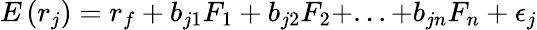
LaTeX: E\left(r_{j}\right)=r_{f}+b_{j1}F_{1}+b_{j2}F_{2}+...+b_{jn}F_{n}+\epsilon_{j}